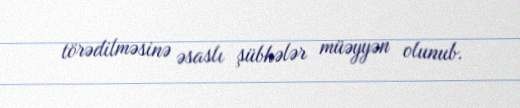
törədilməsinə əsaslı şübhələr müəyyən olunub.